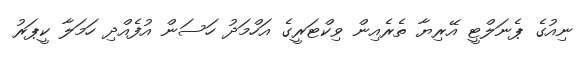
ނިއުގެ ޕެނަލްޓީ އޭރިޔާ ތެރެއިން ވިކްޓަރީގެ އަހްމަދު ހަސަން އުފެއްދި ހަމަލާ ކީޕަރު